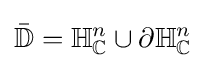
{\bar {\mathbb {D} }}=\mathbb {H} _{\mathbb {C} }^{n}\cup \partial \mathbb {H} _{\mathbb {C} }^{n}